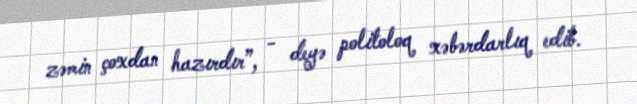
zəmin çoxdan hazırdır”, - deyə politoloq xəbərdarlıq edib.